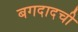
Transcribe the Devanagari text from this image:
बगदादची